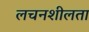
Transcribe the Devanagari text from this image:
लचनशीलता